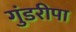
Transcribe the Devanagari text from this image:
गुंडरीपा